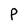
Character: P